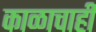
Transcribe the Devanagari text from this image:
काळाचाही